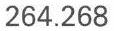
264.268